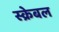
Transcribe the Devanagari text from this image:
स्क्रेबल